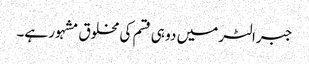
جبرالٹر میں دو ہی قسم کی مخلوق مشہور ہے۔